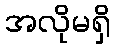
အလိုမရှိ